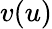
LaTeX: v(u)